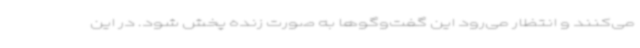
می‌کنند و انتظار می‌رود این گفت‌وگوها به صورت زنده پخش شود. در این